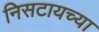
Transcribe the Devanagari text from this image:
निसटायच्या